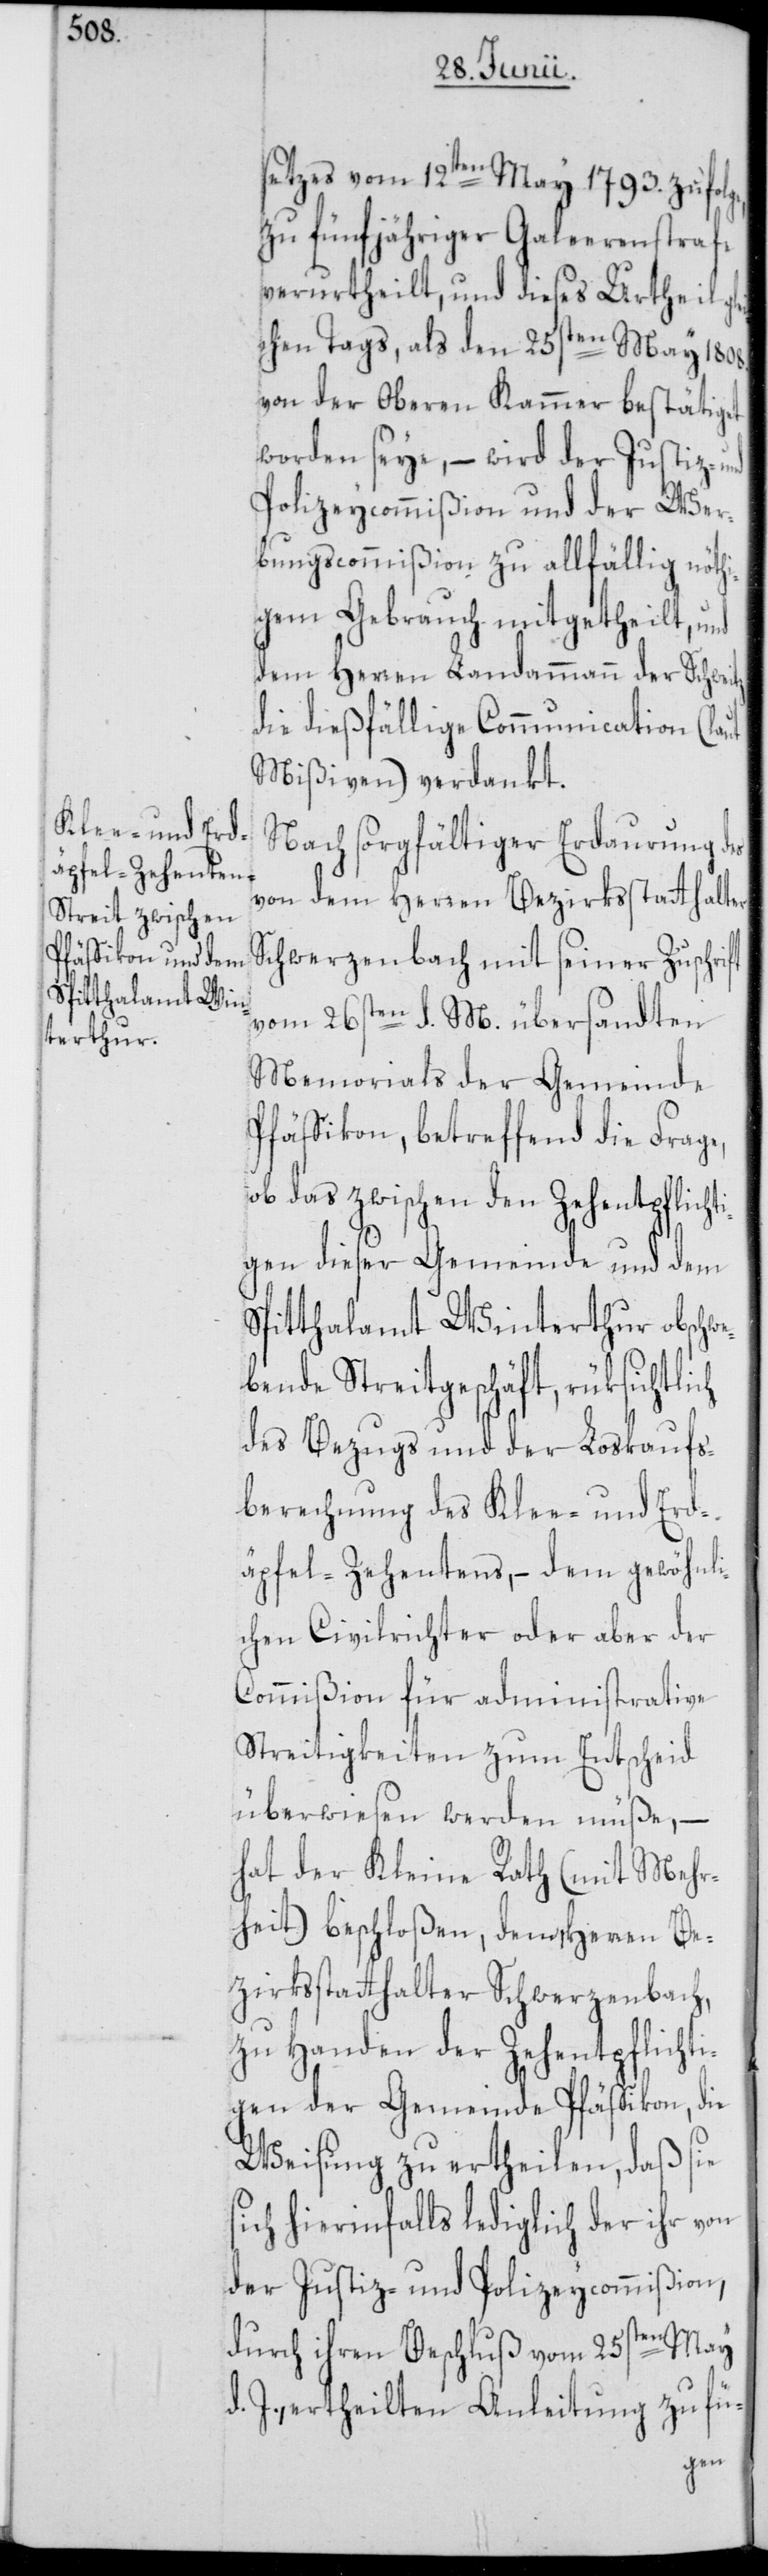
setzes vom 12ten May 1793. zufol¬
zu fünfjähriger Galeerenstrafe
verurtheilt, und dieses Urtheil
chen Tags, als den 25sten May 1808.
von der Oberen Kammer bestätiget
worden seye, – wird der Justiz-
Polizeycommißion und der Wer¬
bungscommißion zu allfällig nöthi¬
gem Gebrauch mitgetheilt, und
dem Herren Landammann der Schweitz
die dießfällige Communication (laut
Mißiven) verdankt.
Nach sorgfältiger Erdaurung des
von dem Herren Bezirksstatthalter
Schwerzenbach mit seiner Zuschrift
vom 26sten d. M. übersandten
Memorials der Gemeinde
Pfäffikon, betreffend die Frage,
ob das zwischen den Zehentpflicht¬
igen dieser Gemeinde und dem
Spitthalamt Winterthur obschw¬
ebende Streitgeschäft, rüksichtlich
des Bezugs und der Loskaufs¬
berechnung des Klee- und Erd¬
äpfel-Zehentens, – dem gewöhnli¬
chen Civilrichter oder aber der
Commißion für administrathive
Streitigkeiten zum Entscheid
überwiesen werden müße, –
hat der Kleine Rath (mit Mehr¬
heit) beschloßen, dem Herren Be¬
zirksstatthalter Schwerzenbach,
zu Handen der Zehentpflicht¬
igen der Gemeinde Pfäffikon, die
Weisung zu ertheilen, daß sie
sich hierinfalls lediglich der ihr von
der Justiz- und Polizeycommißion,
durch ihren Beschluß vom 25sten May
d. J., ertheilten Anleitung zu fü-
glei¬